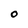
Character: O